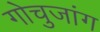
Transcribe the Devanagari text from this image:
गोचुजांग